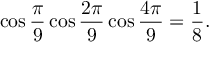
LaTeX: \cos { \frac { \pi } { 9 } } \cos { \frac { 2 \pi } { 9 } } \cos { \frac { 4 \pi } { 9 } } = { \frac { 1 } { 8 } } .